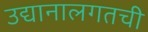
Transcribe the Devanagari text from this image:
उद्यानालगतची